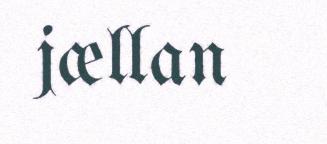
jællan